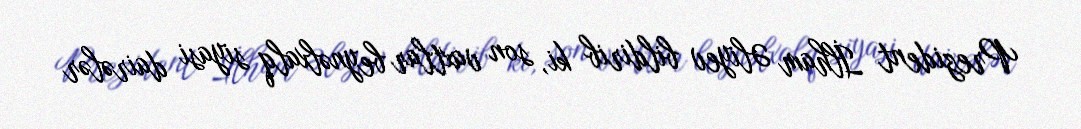
Prezident İlham Əliyev bildirib ki, son vaxtlar beynəlxalq siyasi dairələr